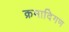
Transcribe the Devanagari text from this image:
क्रमादिगण